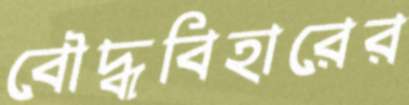
বৌদ্ধবিহারের